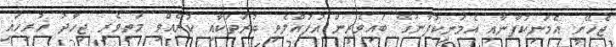
ޖެހޭނީ އެމަނިކުފާނާއި އެމަނިކުފާނުގެ ބައިވެރީން އުފުއްލެވި ބުރަތަކާއި ކުރެއްވި މަތިވެރި ޖިހާދު ހުރިހައި